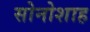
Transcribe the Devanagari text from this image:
सोनोशाह